Report of the Bombay Veterinary College
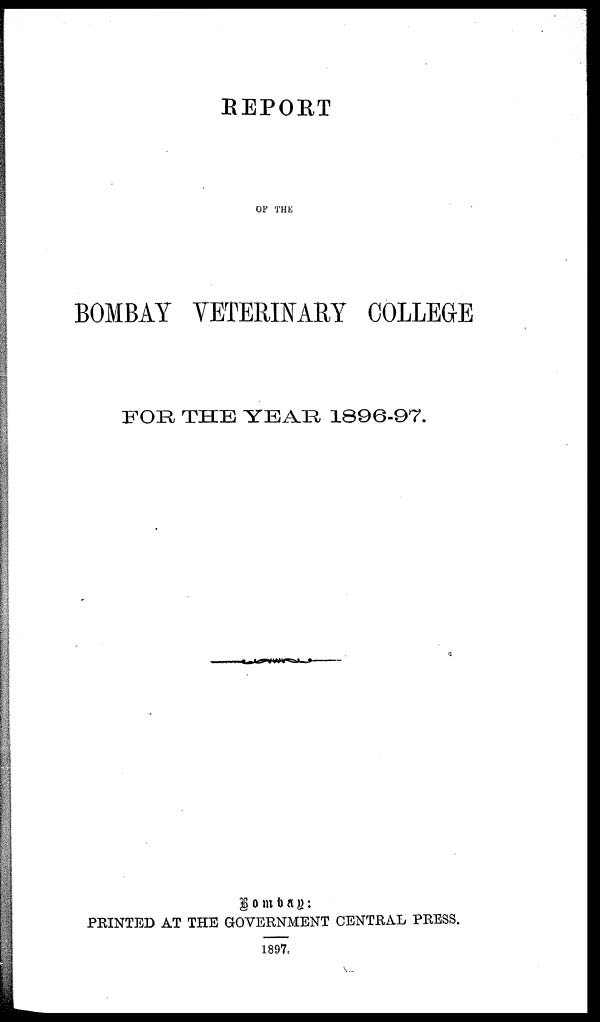
REPORT
OF THE
BOMBAY VETERINARY COLLEGE
FOR THE YEAR 1896-97.
Bombay:
PRINTED AT THE GOVERNMENT CENTRAL PRESS.
1897.